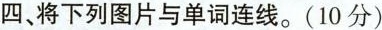
四、将下列图片与单词连线。(10分)